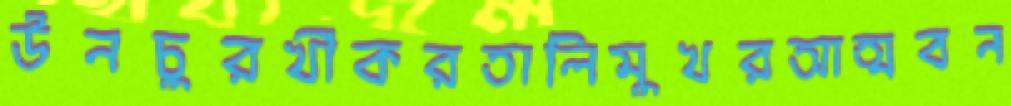
উনচুরখীকরতালিমুখরআত্মবন